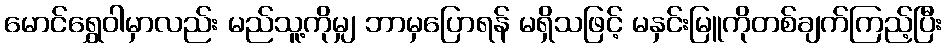
မောင်ရွှေဝါမှာလည်း မည်သူ့ကိုမျှ ဘာမှပြောရန် မရှိသဖြင့် မနှင်းမြူကိုတစ်ချက်ကြည့်ပြီး